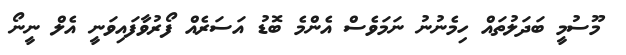
މޫސުމީ ބަދަލުތައް ހިމެނުނު ނަމަވެސް އެންމެ ބޮޑު އަސަރެއް ފޯރުވާފައިވަނީ އެލް ނީނޯ